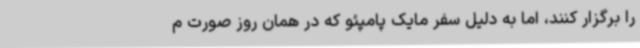
را برگزار کنند، اما به دلیل سفر مایک پامپئو که در همان روز صورت م